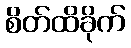
စိတ်ထိခိုက်